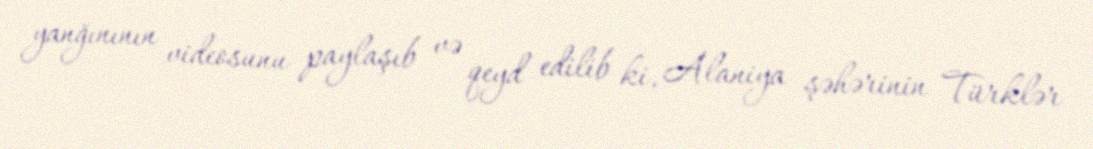
yanğınının videosunu paylaşıb və qeyd edilib ki, Alaniya şəhərinin Türklər